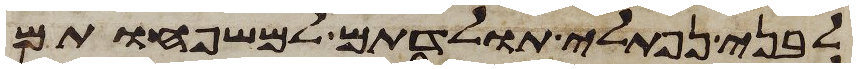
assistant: לבני נפתלי תולדתם למשפחותם